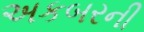
અકબરની